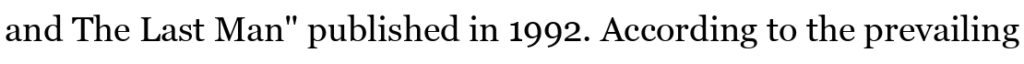
and The Last Man" published in 1992. According to the prevailing